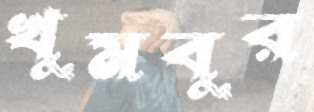
খুমবুর